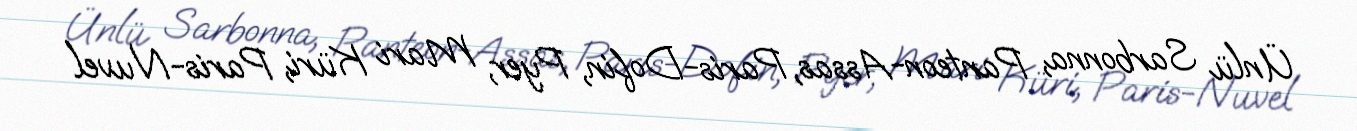
Ünlü Sarbonna, Panteon-Assas, Paris-Dofin, Pyer, Mari Küri, Paris-Nuvel